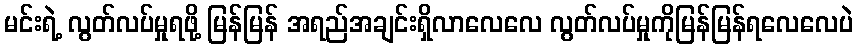
မင်းရဲ့ လွတ်လပ်မှုရဖို့ မြန်မြန် အရည်အချင်းရှိလာလေလေ လွတ်လပ်မှုကိုမြန်မြန်ရလေလေပဲ